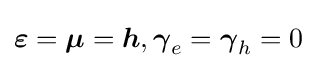
{\boldsymbol {\varepsilon }}={\boldsymbol {\mu }}={\boldsymbol {h}},{\boldsymbol {\gamma }}_{e}={\boldsymbol {\gamma }}_{h}=0